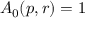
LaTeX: A _ { 0 } ( p , r ) = 1